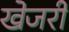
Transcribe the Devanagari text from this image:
खेजरी